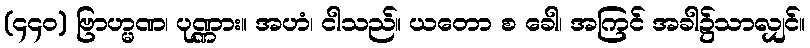
(၄၄၀) ဗြာဟ္မဏ၊ ပုဏ္ဏား။ အဟံ၊ ငါသည်။ ယတော စ ခေါ၊ အကြင် အခါ၌သာလျှင်။